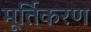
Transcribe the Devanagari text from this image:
मूर्तिकरण